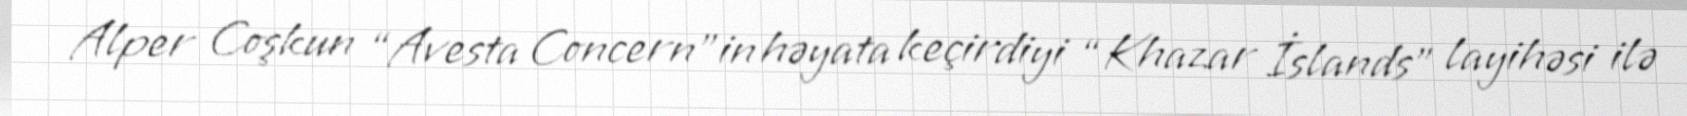
Alper Coşkun “Avesta Concern”in həyata keçirdiyi “Khazar İslands” layihəsi ilə